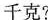
千克?